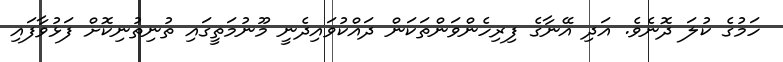
ހަމުގެ ކުލަ ދޮނެވެ. އަދި އޭނާގެ ފިރިހެންވަންތަކަން ދައްކުވައިދެނީ މޫނުމަތީގައި ތުނިތުނިކޮށް ފަޅުވާފައި